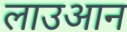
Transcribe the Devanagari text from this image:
लाउआन